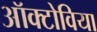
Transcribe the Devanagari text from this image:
ऑक्टोविया